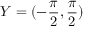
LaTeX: Y = ( - { \frac { \pi } { 2 } } , { \frac { \pi } { 2 } } )